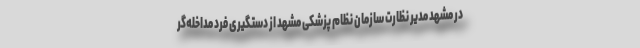
در مشهد مدیر نظارت سازمان نظام پزشکی مشهد از دستگیری فرد مداخله‌گر